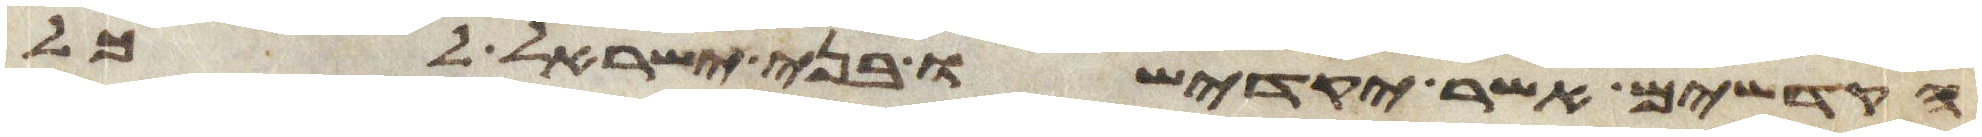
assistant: הקדשים אשר יקדישו בני ישראל לכל